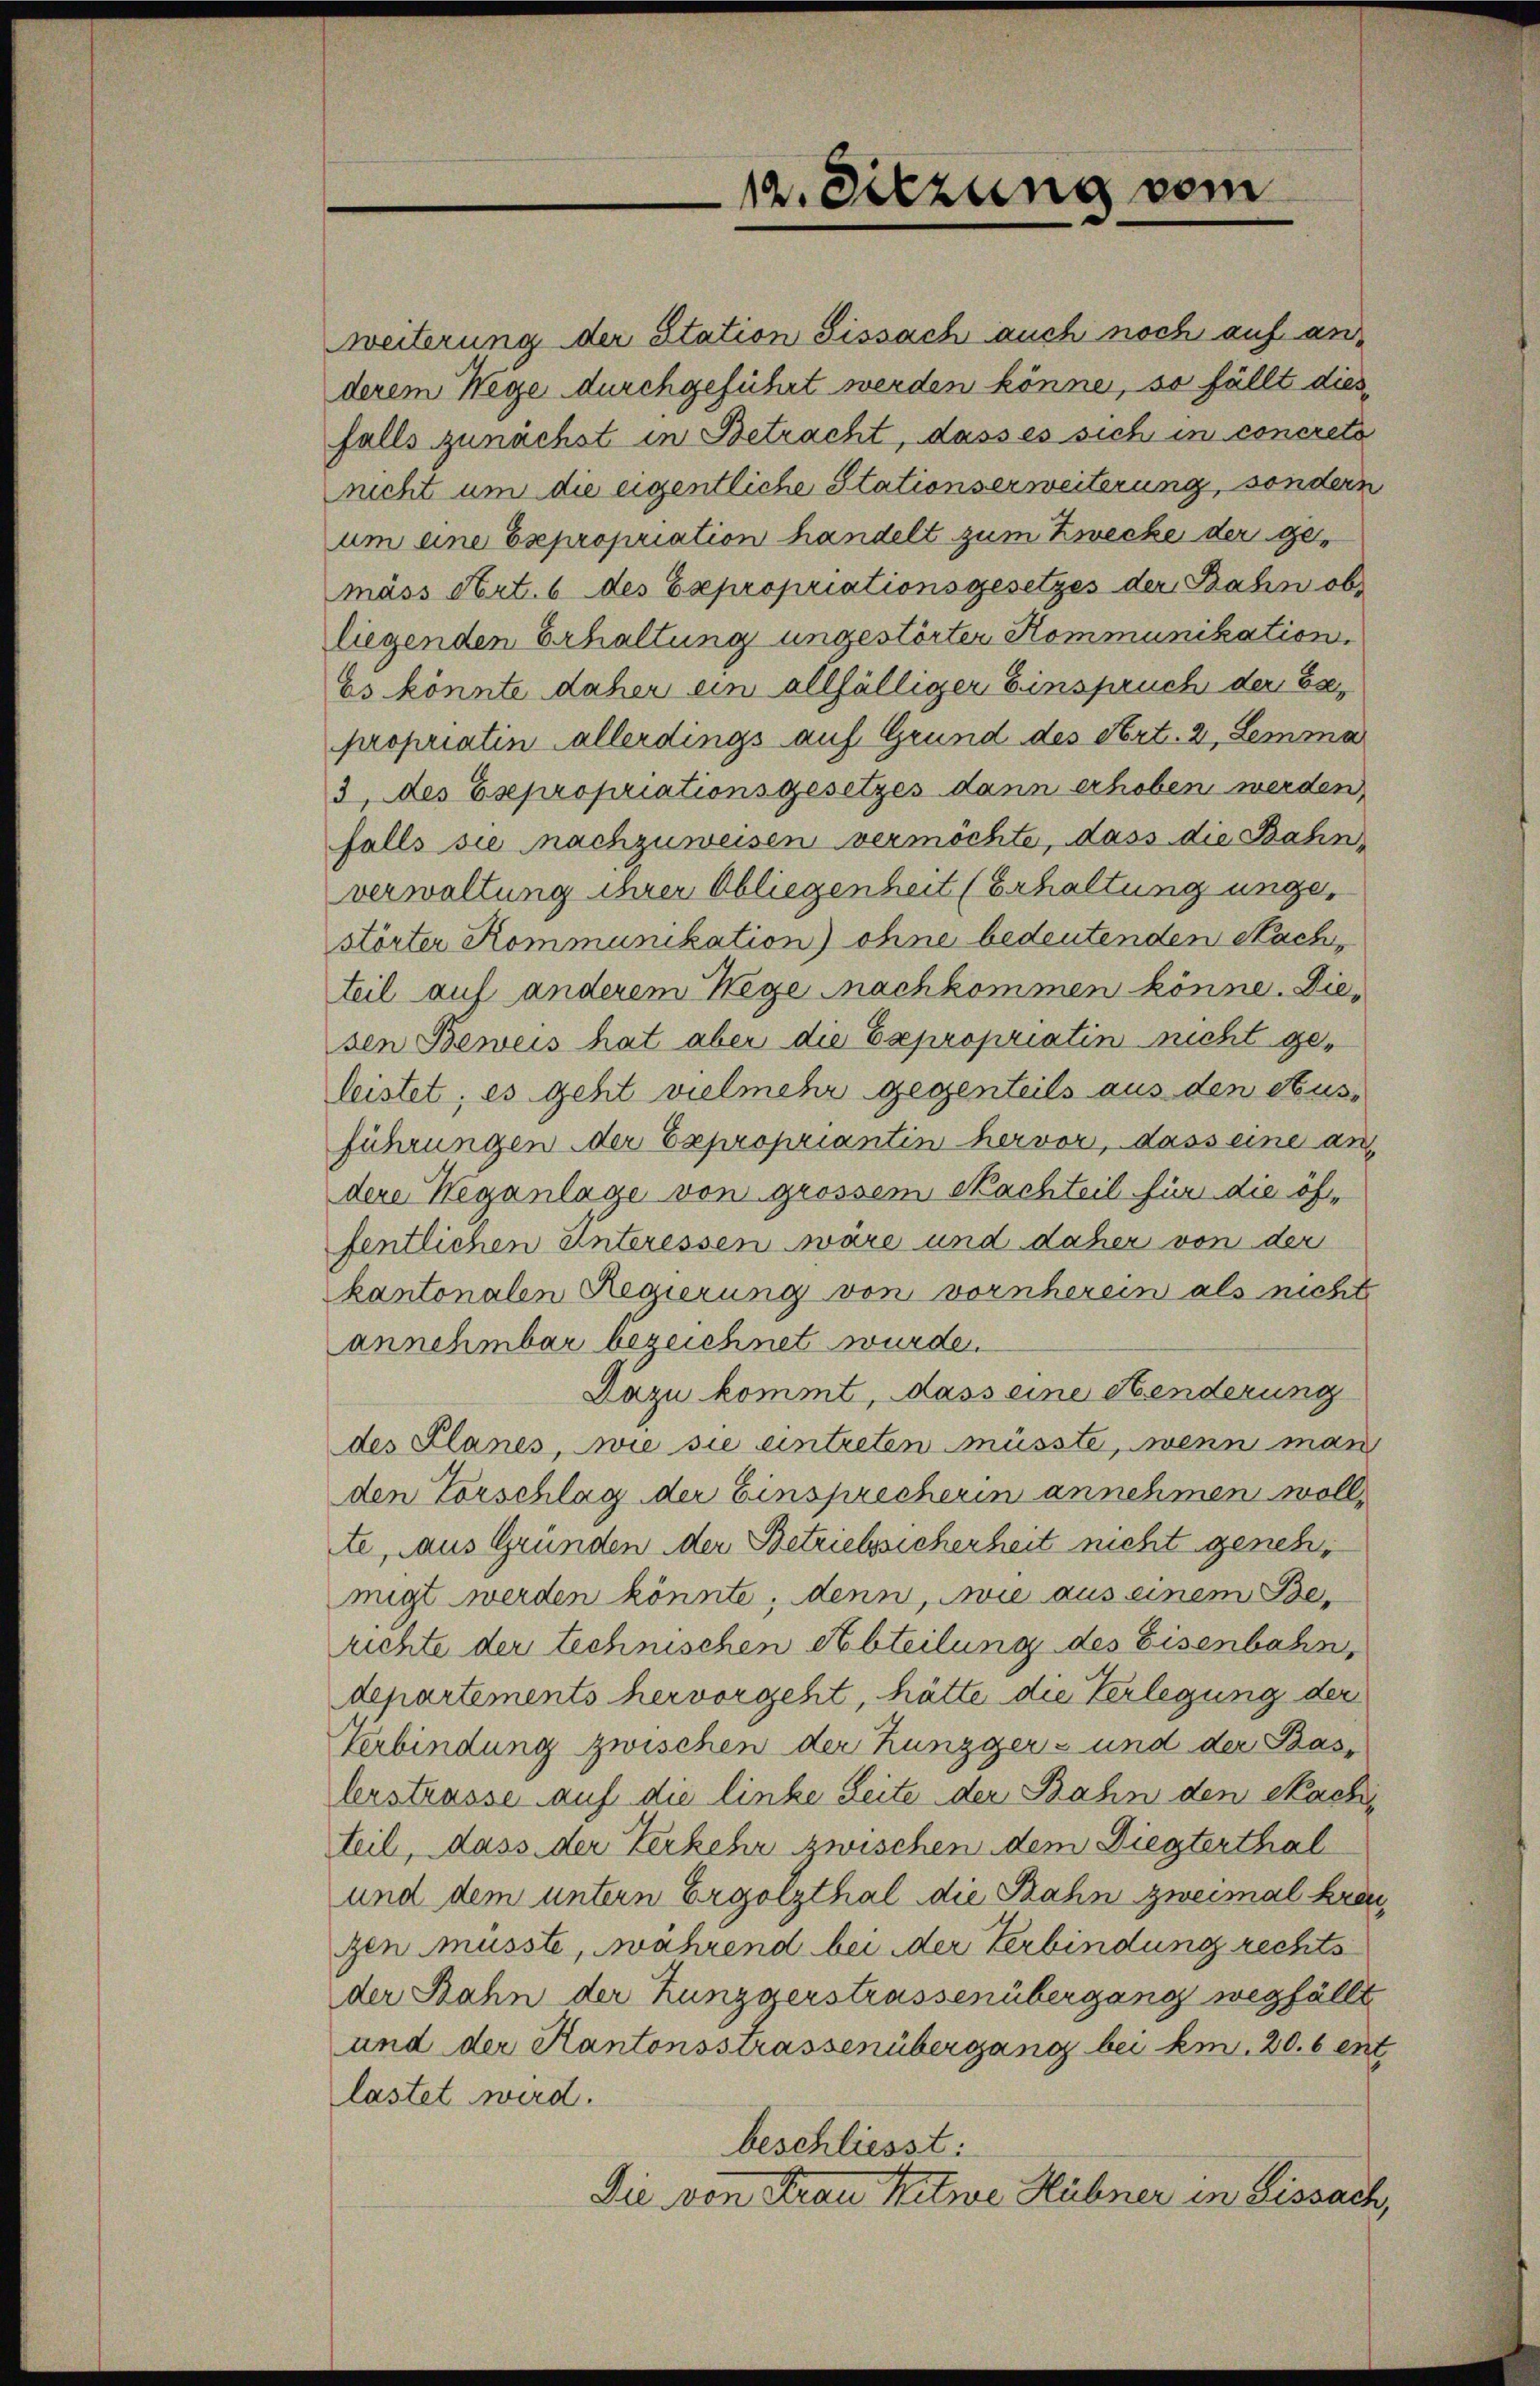
12. Sitzung vom

weiterung der Station Sissach auch noch auf anderem Wege durchgeführt werden könne, so fällt diesfalls zunächst in Betracht, dass es sich in concreta
nicht um die eigentliche Stationserweiterung, sondern
um eine Expropriation handelt zum Zwecke der gemäss Art. 6 des Expropriationsgesetzes der Bahn ob,
liegenden Erhaltung ungestörter Kommunikation.
Es könnte daher ein allfälliger Einspruch der Bepropriatin allerdings auf Grund des Art. 2, Lemma
3, des Esepropriationsgesetzes dann erhoben werden,
falls sie nachzuweisen vermöchte, dass die Bahn
verwaltung ihrer Obliegenheit (Erhaltung ungestörter Kommunikation) ohne bedeutenden Nachteil auf anderem Wege nachkommen könne. Diesen Beweis hat aber die Expropriatin nicht geleistet; es geht vielmehr gegenteils aus den Ausführungen der Expropriantin hervor, dass eine an
dere Weganlage von grossem Nachteil für die öffentlichen Unteressen wäre und daher von der
kantonalen Regierung von vornherein als nicht
annehmbar bezeichnet wurde.
Dazu kommt, dass eine Henderung
des Planes, wie sie eintreten müsste, wenn man
den Vorschlag der Einsprecherin annehmen wolle
te, aus Gründen der Betriebssicherheit nicht genehmigt werden könnte, denn, wie aus einem Berichte der technischen Abteilung des Eisenbahn,
departements hervorgeht, hätte die Verlegung der
Verbindung zwischen der Kunzger- und der Baslerstrasse auf die linke Seite der Bahn den Nachteil, dass der Verkehr zwischen dem Diegterthal
und dem untern Ergolzthal die Bahn zweimal kranzen musste, während bei der Verbindung rechts
der Bahn der Zunggerstrassenübergang wegfällt
und der Kantonsstrassenübergang bei kn. 20. 6 ent
lastet wird.
beschliesst:
Die von Frau Witwe Hübner in Bissach,